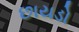
છાયડો